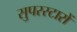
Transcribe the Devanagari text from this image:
सुपरस्टारों